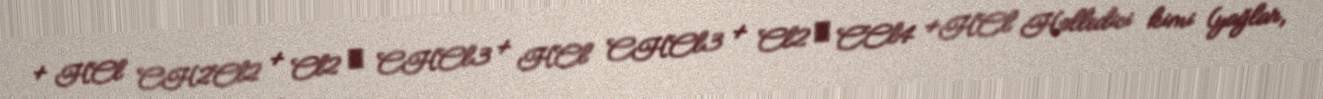
+ HCl CH2Cl2 + Cl2 → CHCl3 + HCl CHCl3 + Cl2 → CCl4 +HCl Həlledici kimi (yağlar,